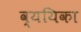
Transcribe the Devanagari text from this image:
व्ययिका